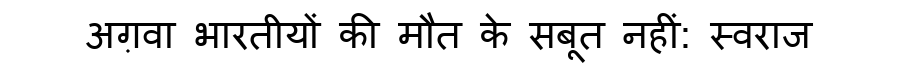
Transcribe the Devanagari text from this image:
अग़वा भारतीयों की मौत के सबूत नहीं: स्वराज